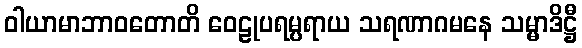
ဝါယာမာဘာဝတောတိ ဝေဠုပရမ္ပရာယ သရဏာဂမနေ သမ္မာဒိဋ္ဌီ